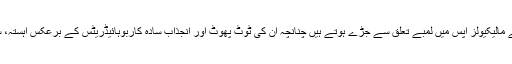
پیچیدہ کاربوہائیڈریٹس کے مالیکیولز آپس میں لمبے تعلق سے جڑے ہوتے ہیں چنانچہ ان کی ٹوٹ پھوٹ اور انجذاب سادہ کاربوہائیڈریٹس کے برعکس آہستہ، سست اور بتدریج ہوتا ہے۔